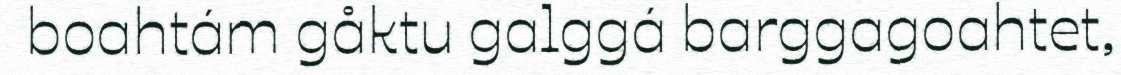
boahtám gåktu galggá barggagoahtet,